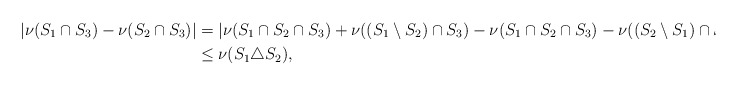
\begin{align*} |\nu(S_1 \cap S_3) - \nu(S_2 \cap S_3)| &= |\nu(S_1 \cap S_2 \cap S_3) + \nu((S_1 \setminus S_2) \cap S_3) - \nu(S_1 \cap S_2 \cap S_3) - \nu((S_2 \setminus S_1) \cap S_3)| \\& \leq \nu(S_1 \triangle S_2),\end{align*}